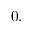
0 .